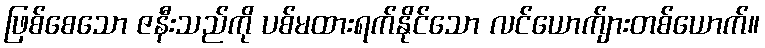
ဖြစ်စေသော ဇနီးသည်ကို ပစ်မထားရက်နိုင်သော လင်ယောက်ျားတစ်ယောက်။